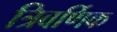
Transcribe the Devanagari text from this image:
त्रिवर्णिक